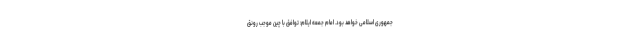
جمهوری اسلامی خواهد بود. امام جمعه ایلام: توافق با چین موجب رونق